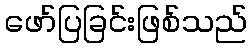
ဖော်ပြခြင်းဖြစ်သည်